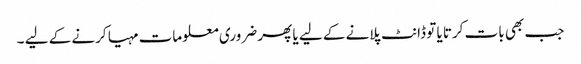
جب بھی بات کرتا یا تو ڈانٹ پلانے کے لیے یا پھر ضروری معلومات مہیا کرنے کے لیے ۔